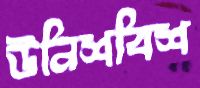
উনিশবিশ